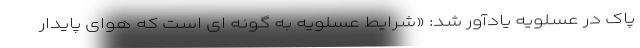
پاک در عسلویه یادآور شد: «شرایط عسلویه به گونه ای است که هوای پایدار